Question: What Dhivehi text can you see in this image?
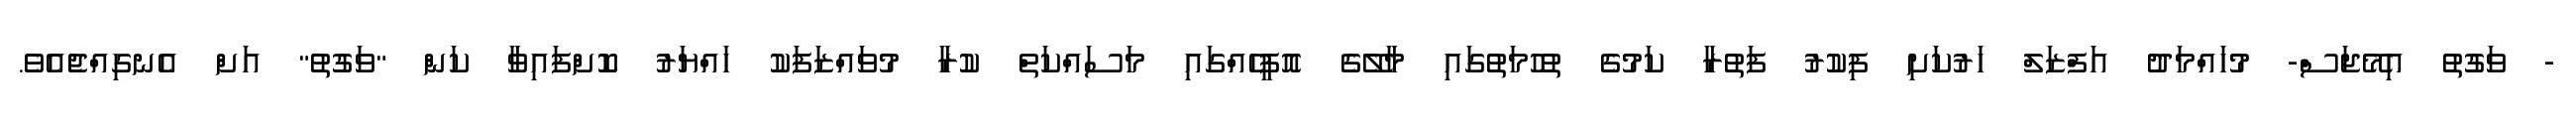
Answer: - ވަގުތު އިމޭޖަސް- މުހައްމަދު އަފްޒަލް ހަރުކަށި ފިކުރު ފަތުރާ ކަމުގެ ތުހުމަތުގައި މާލޭގެ އޮފީހެއްގައި މަސައްކަތް ކުރާ މުވައްޒަފަކު ހައްޔަރު ކޮށްފައިވާ ކަން "ވަގުތު" އަށް އެނގިއްޖެއެވެ.